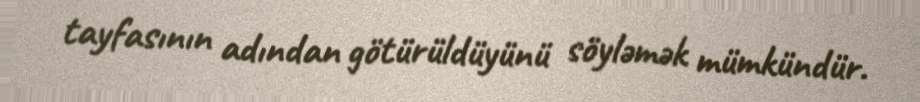
tayfasının adından götürüldüyünü söyləmək mümkündür.